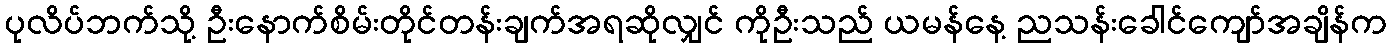
ပုလိပ်ဘက်သို့ ဦးနောက်စိမ်းတိုင်တန်းချက်အရဆိုလျှင် ကိုဦးသည် ယမန်နေ့ ညသန်းခေါင်ကျော်အချိန်က